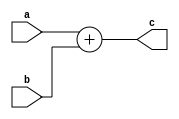
`timescale 1ns / 1ps
//////////////////////////////////////////////////////////////////////////////////
// Company: 
// Engineer: 
// 
// Design Name: 
// Module Name: Adder
// Project Name: 
// Target Devices: 
// Tool Versions: 
// Description: 
// 
// Dependencies: 
// 
// Revision:
// Revision 0.01 - File Created
// Additional Comments:
// 
//////////////////////////////////////////////////////////////////////////////////


module Adder(a,b,c);

input [31:0] a,b;
output [31:0] c;
assign c = a + b;

endmodule